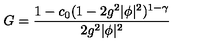
G = { \frac { 1 - c _ { 0 } ( 1 - 2 g ^ { 2 } | \phi | ^ { 2 } ) ^ { 1 - \gamma } } { 2 g ^ { 2 } | \phi | ^ { 2 } } }